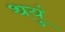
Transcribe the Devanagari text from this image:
थयुं